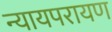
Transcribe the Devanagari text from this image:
न्यायपरायण